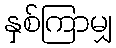
နှစ်ကြာမျှ